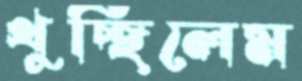
থুচ্ছিলেম